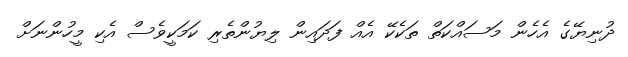
ދުނިޔޭގެ އެހެން މަސައްކަތް ތަކެކޭ އެއް ފަދައިން ލިޔުންތެރި ކަމަކީވެސް އެކި މީހުންނަށް